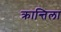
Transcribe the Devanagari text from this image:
क्रान्तिला